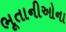
ભૂતાનીઓના